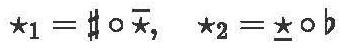
$\star_1=\sharp\circ\bar{\star},\ \star_2=\underline{\star}\circ b$